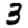
Digit: 3